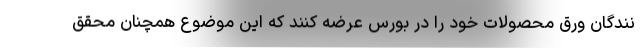
نندگان ورق محصولات خود را در بورس عرضه کنند که این موضوع همچنان محقق